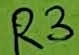
Text: R3